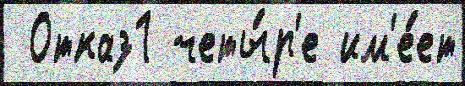
 Отказ1 четы́р'е им'е́ет